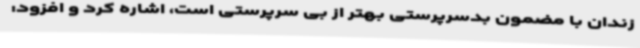
زندان با مضمون بدسرپرستی بهتر از بی سرپرستی است، اشاره کرد و افزود: